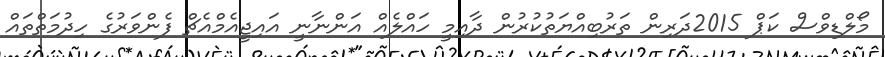
މޯލްޑިވްސް ކަޕް 2015ދަރިން ތަރުބިއްޔަތުކުރުން ދާއިމީ ހައްލެއް އަންނާނީ އައިޖީއެމްއެޗް ފެންވަރުގެ ހިދުމަތްތައް